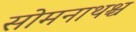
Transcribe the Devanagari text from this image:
सोमनाथश्च